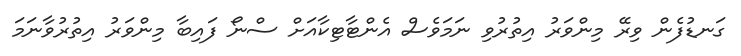
ގަނޑުފެން ވިރޭ މިންވަރު އިތުރުވި ނަމަވެސް އެންޓާޓިކާއަށް ސްނޯ ފައިބާ މިންވަރު އިތުރުވާނަމަ